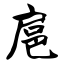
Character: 扈